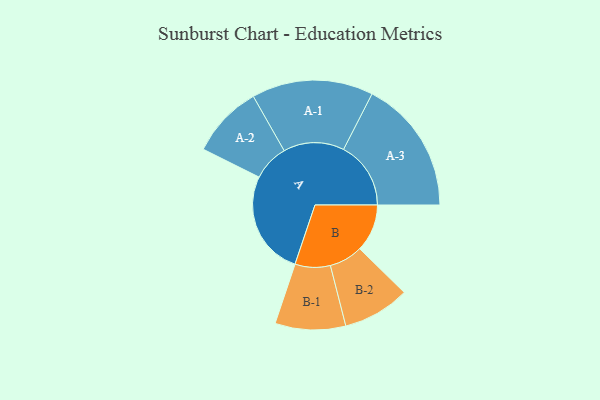
{"axis": {"x": "Segment", "y": "Value"}, "legend": ["", "A", "B"], "data": [{"x": "A", "y": 419, "type": ""}, {"x": "B", "y": 190, "type": ""}, {"x": "A-1", "y": 243, "type": "A"}, {"x": "A-2", "y": 145, "type": "A"}, {"x": "A-3", "y": 269, "type": "A"}, {"x": "B-1", "y": 141, "type": "B"}, {"x": "B-2", "y": 134, "type": "B"}]}